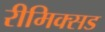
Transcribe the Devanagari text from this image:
रीमिक्सड